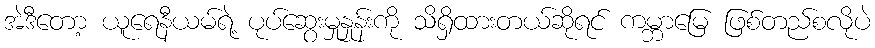
အဲဒီတော့ ယူရေနီယမ်ရဲ့ ပုပ်ဆွေးမှုနှုန်းကို သိရှိထားတယ်ဆိုရင် ကမ္ဘာမြေ ဖြစ်တည်စလိုပဲ